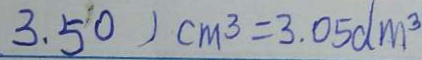
3 . 5 0 ) c m ^ { 3 } = 3 . 0 5 d m ^ { 3 }